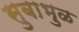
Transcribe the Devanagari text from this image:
सुबाभुळ